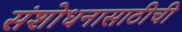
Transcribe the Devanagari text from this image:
संशोधनासाठीची